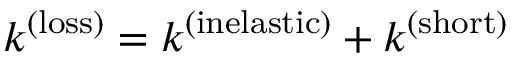
k ^ { ( \mathrm { l o s s } ) } = k ^ { ( \mathrm { i n e l a s t i c } ) } + k ^ { ( \mathrm { s h o r t } ) }